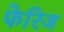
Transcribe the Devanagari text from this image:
फेरिज